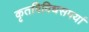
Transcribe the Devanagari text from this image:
कृतविविधसपर्या